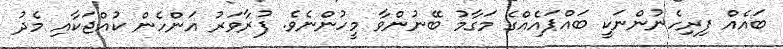
ބައެއް ފިރިހެނުންނަކީ ބައްޕައެއްގެ މަގާމު ބޭނުންވާ މީހުންނެވެ. ފުރާވަރު އަންހެން ކުއްޖަކާއި މެދު